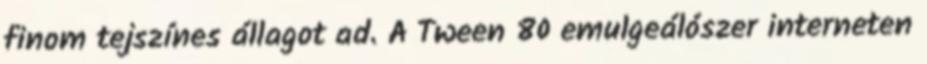
finom tejszínes állagot ad. A Tween 80 emulgeálószer interneten